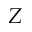
Z